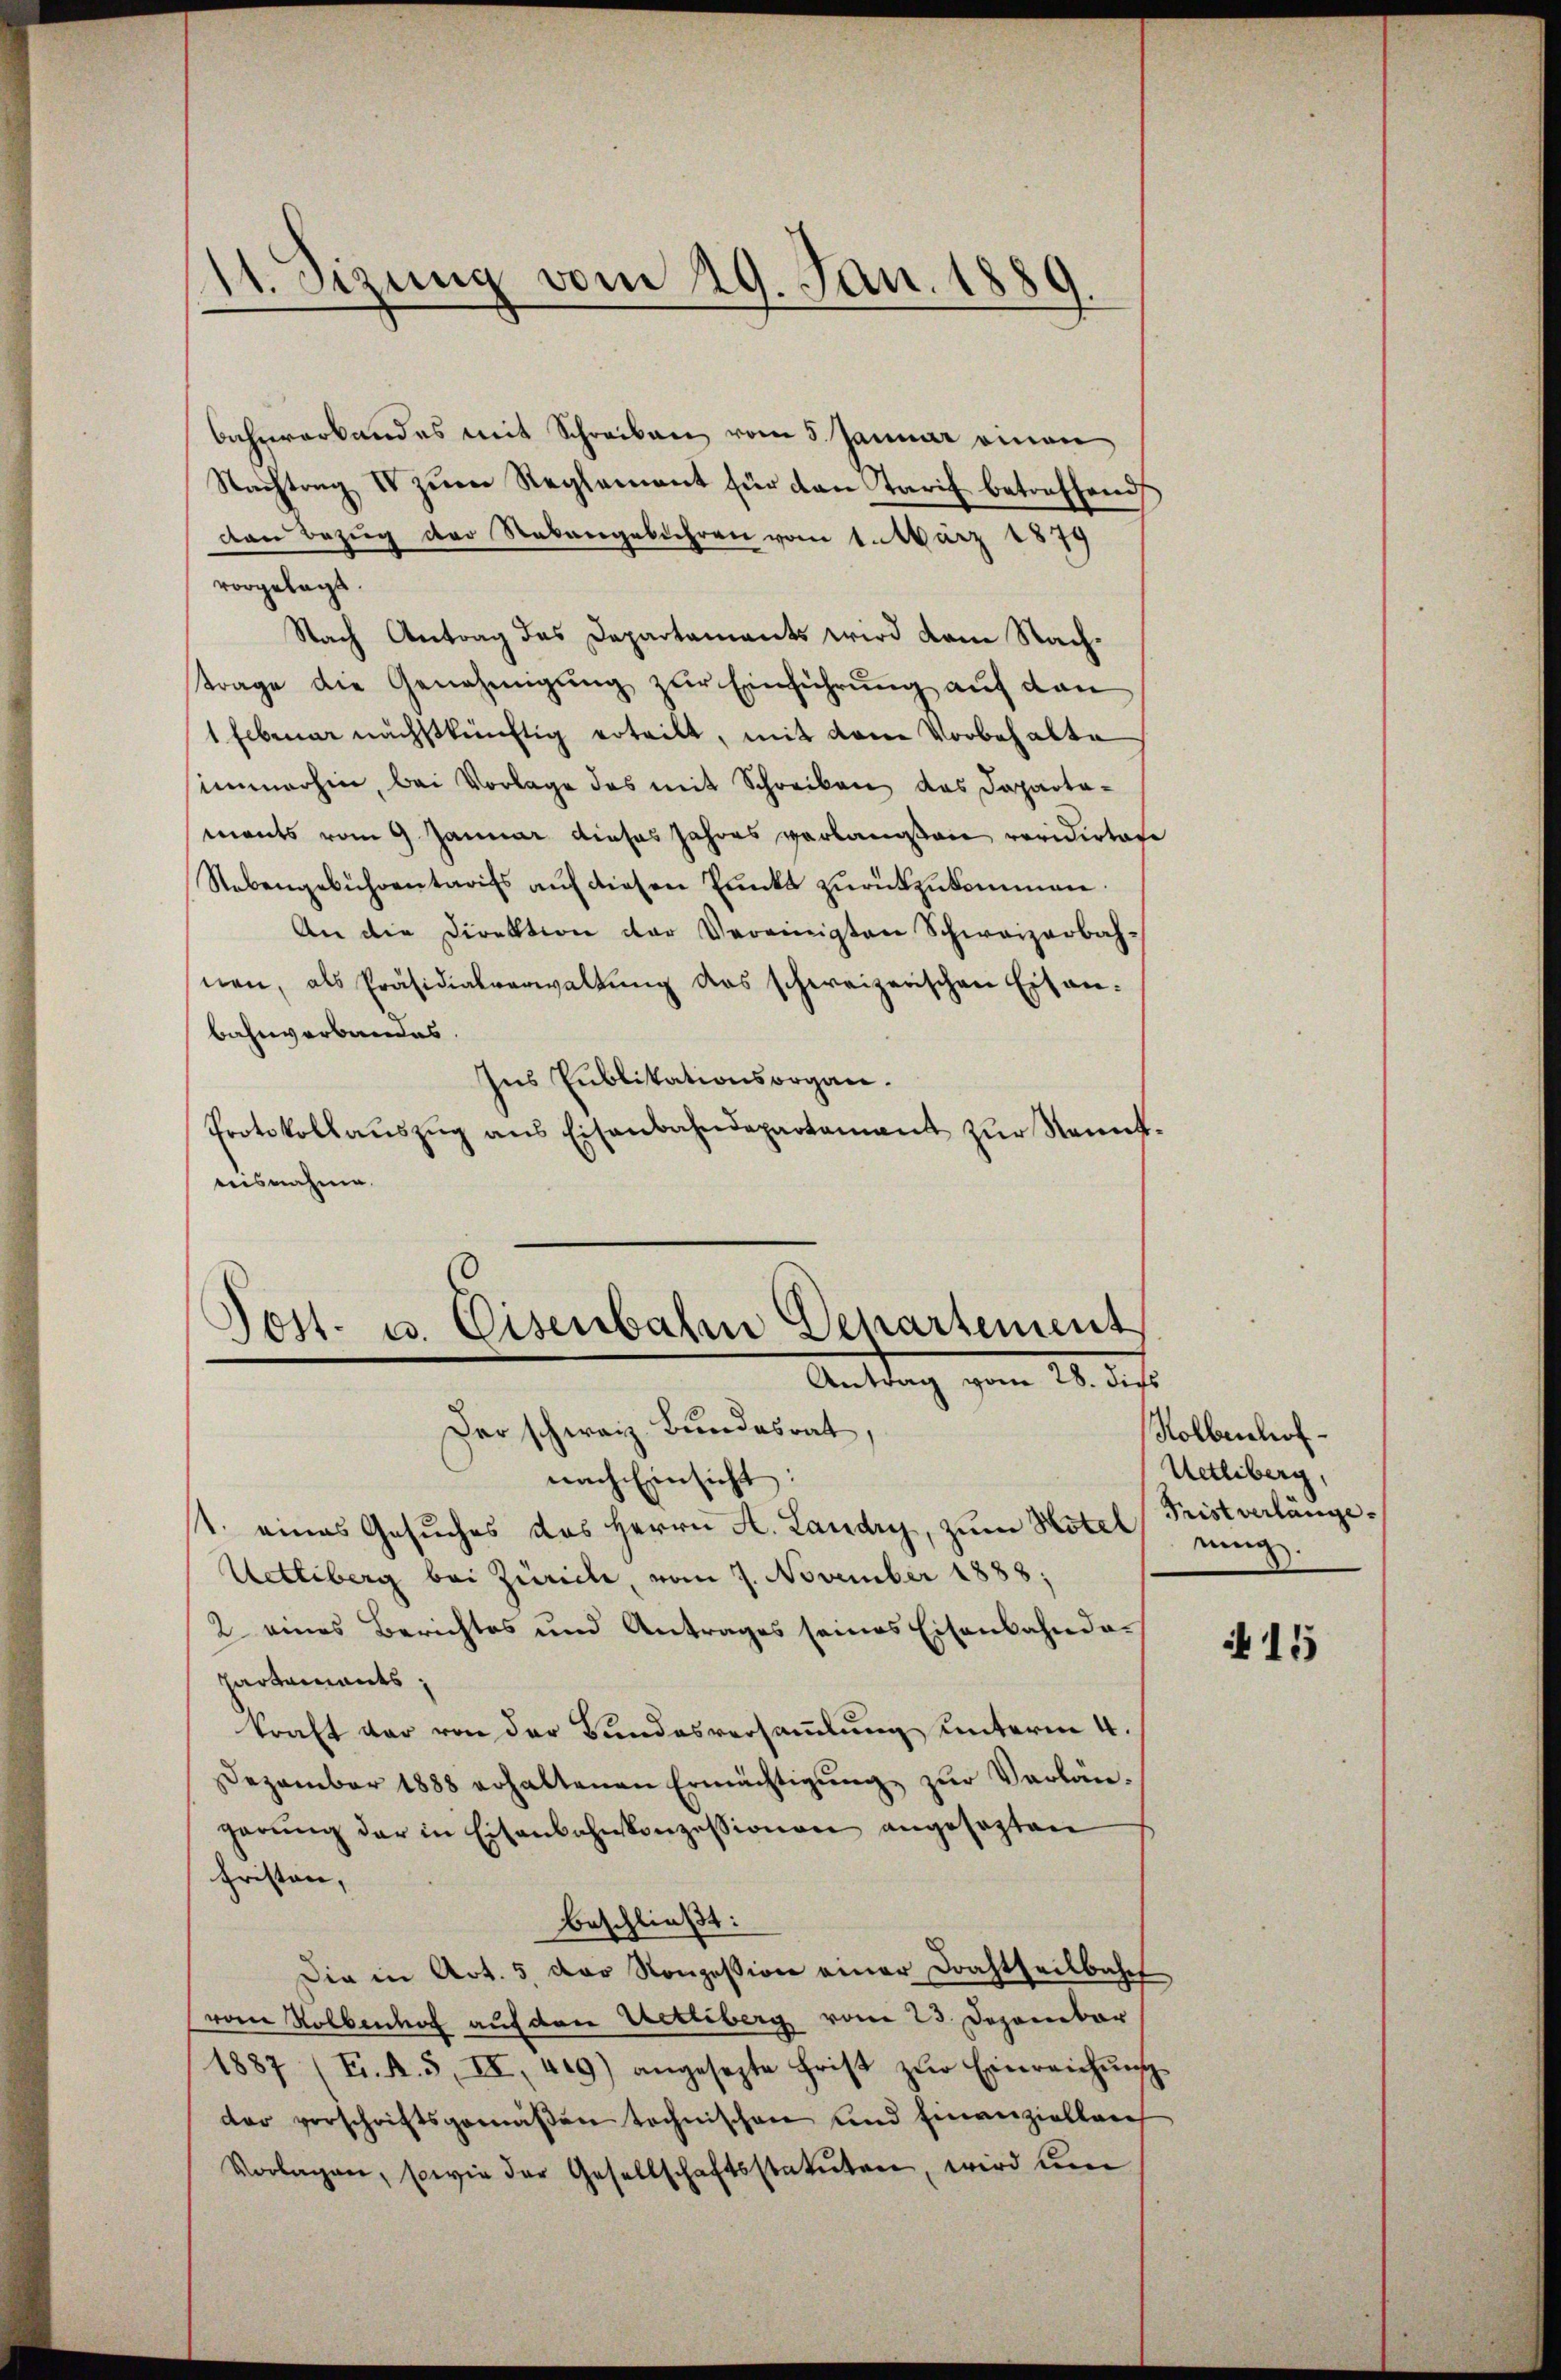
1. Sizung vom 29. Jan. 1880

behererbandes mit Schreiben vom 5. Januar einen
Nachtrag IV zŭm Reglement für den Tarif betreffend
den Bezug der Nebengebühren vom 1. März 1879
vorgelegt.
Nach Antrag des Departaments wird dem Nachtrage die Genehmigung zur Einführung auf dan
1 Februar nächstkünftig erteilt, mit dem Vorbehalte
immerhin, bei Vorlage des mit Schreiben das Dapartaments vom 9. Januar dieses Jahres verlangen revidirtage
Nebengebührentarifs aŭf diesen Pŭnkt zŭrückzukommen.
An die Direktion der Vereinigten Schweizerbahnen, als Präsidialverwaltŭng das schweizerischen Eisanbahnverbandes.
Ins Publikationsorgan.
Protokollaŭszŭg ans Eisenbahndepartamant zŭr Kenntnisnahme.

Post- u. Eisenbahn Departement
Antrag vom 28. dies

Der schweiz. Bundesrat
nach Einsicht:
1. eines Gesuches das Herrn A. Landre, zum Hotel eing
Uetliberg bei Zürich, vom 7. November 1888;
2 eines Berichtes und Antrages seines Eisenbahnda¬
Partements,
kraft dar von der Bundesversammlung unterm 4.
Dezember 1888 erhaltenen Ermächtigŭng zŭr Verlän-
gerŭng der in Eisenbahnkonzessionen angesezten
fristen,
beschließt:
Die in Art. 5 der Konzession einer Drahtheilbahn
vom Rollenhof auf den Uetliberg vom 23. Dezember
1887 (F. A. 5, II, 419) angesezte Frist zŭr Einreichŭng
der vorschriftsgemäβen technischen und Finanziellere
Vorlagen, sowie der Gesellschaftsstatuten, wird um

Holbenhof
Uetliberg,
Tristverlänge.

11